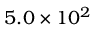
5 . 0 \times 1 0 ^ { 2 }